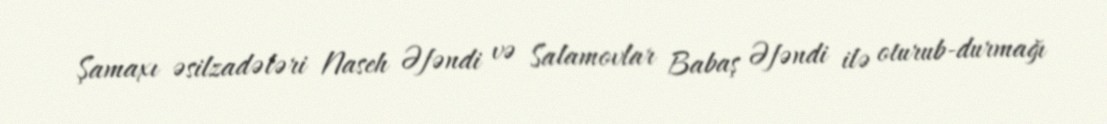
Şamaxı əsilzadələri Naseh Əfəndi və Salamovlar Babaş Əfəndi ilə oturub-durmağı